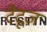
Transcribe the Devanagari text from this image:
टैटूज़